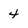
Character: 4